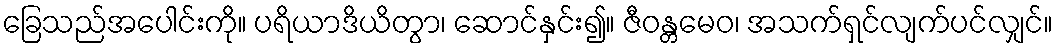
ခြေသည်အပေါင်းကို။ ပရိယာဒိယိတွာ၊ ဆောင်နှင်း၍။ ဇီဝန္တမေဝ၊ အသက်ရှင်လျက်ပင်လျှင်။